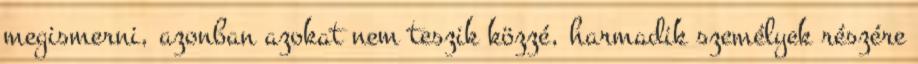
megismerni, azonban azokat nem teszik közzé, harmadik személyek részére